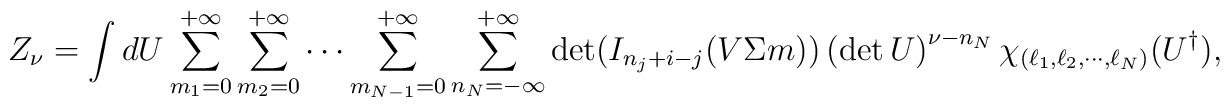
Z_{\nu} = \int dU \sum_{m_1=0}^{+\infty} \sum_{m_2 =0}^{+\infty}\cdots \sum_{m_{N-1}=0}^{+\infty} \sum_{n_N= - \infty}^{+\infty} \det (I_{n_j +i -j}(V \Sigma m)) \left(\det U\right)^{\nu - n_N} \chi_{(\ell_1, \ell_2, \cdots, \ell_N)}(U^{\dagger}),